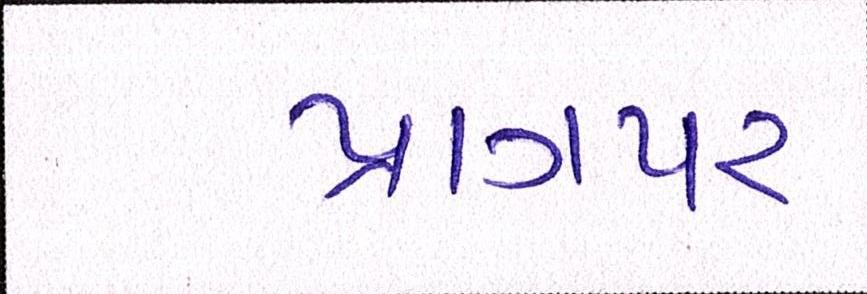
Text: પ્રાગપર